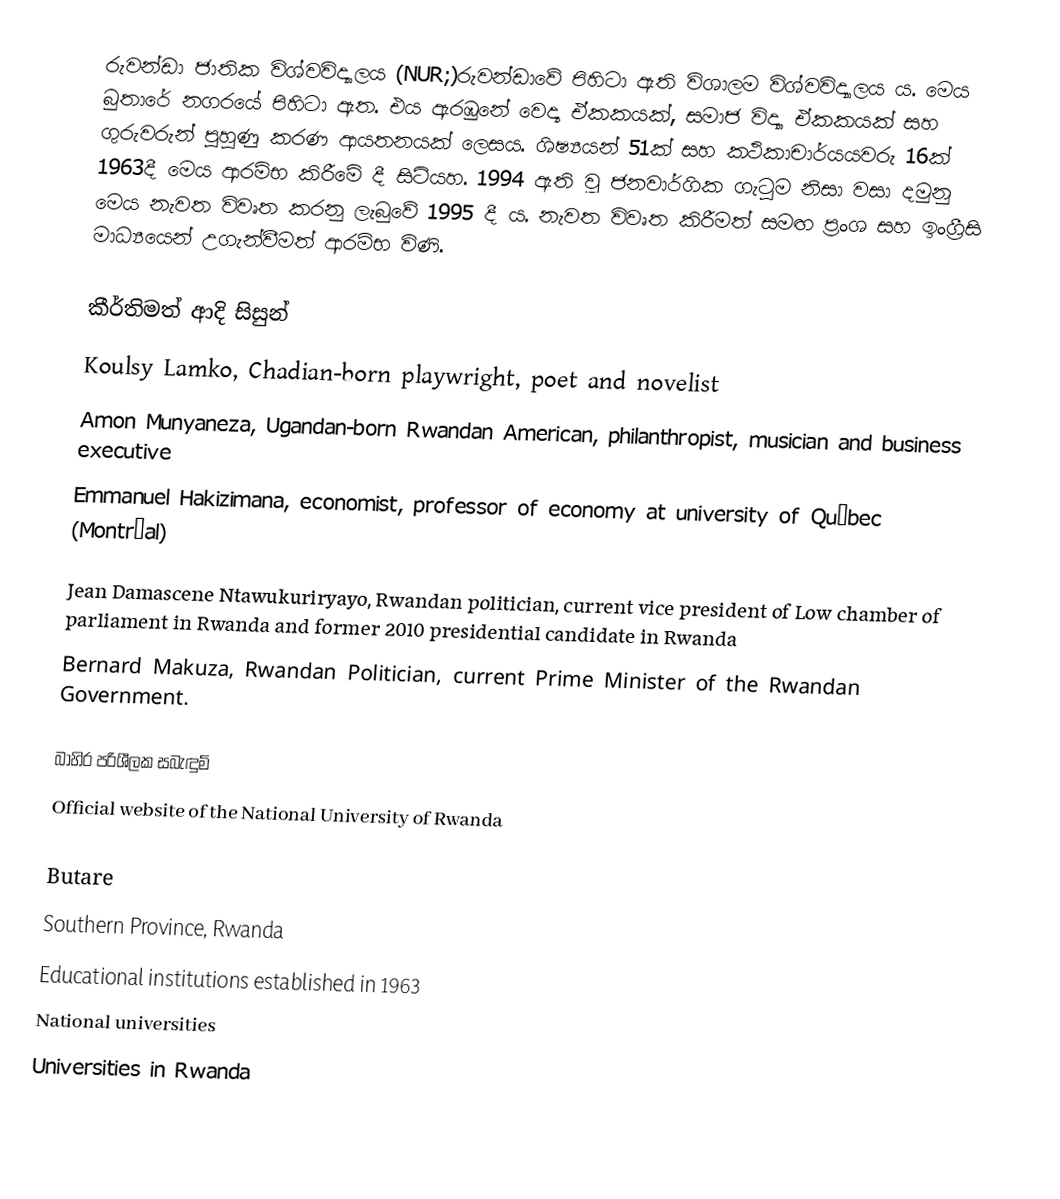
රුවන්ඩා ජාතික විශ්වවිද්‍යාලය (NUR;)රුවන්ඩාවේ පිහිටා ඇති විශාලම විශ්වවිද්‍යාලය ය. මෙය බුතාරේ නගරයේ පිහිටා ඇත. එය ඇරඹුනේ වෙද්‍ය ඒකකයක්, සමාජ විද්‍යා ඒකකයක් සහ ගුරුවරුන් පුහුණු කරණ ආයතනයක් ලෙසය. ශිෂ්‍යයන් 51ක් සහ කථිකාචාර්යයවරු 16ක් 1963දී මෙය ආරම්භ කිරීමේ දී සිටියහ. 1994 ඇති වූ ජනවාර්ගික ගැටුම නිසා වසා දමුනු මෙය නැවත විවෘත කරනු ලැබුවේ 1995 දී ය. නැවත විවෘත කිරීමත් සමඟ ප්‍රංශ සහ ඉංග්‍රීසි මාධ්‍යයෙන් උගැන්වීමත් ආරම්භ විණි.

කීර්තිමත් ආදි සිසුන්
 Koulsy Lamko, Chadian-born playwright, poet and novelist
 Amon Munyaneza, Ugandan-born Rwandan American, philanthropist, musician and business executive
 Emmanuel Hakizimana, economist, professor of economy at university of Québec (Montréal)
 Jean Damascene Ntawukuriryayo, Rwandan politician,  current vice president of Low chamber of parliament in Rwanda and former 2010 presidential candidate in Rwanda
 Bernard Makuza, Rwandan Politician, current Prime Minister of the Rwandan Government.

බාහිර පරිශීලක සබැඳුම්
 Official website of the National University of Rwanda

Butare
Southern Province, Rwanda
Educational institutions established in 1963
National universities
Universities in Rwanda